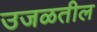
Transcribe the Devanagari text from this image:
उजळतील